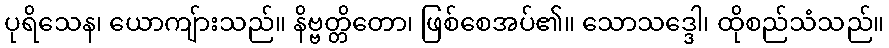
ပုရိသေန၊ ယောကျ်ားသည်။ နိဗ္ဗတ္တိတော၊ ဖြစ်စေအပ်၏။ သောသဒ္ဒေါ၊ ထိုစည်သံသည်။